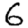
Digit: 6